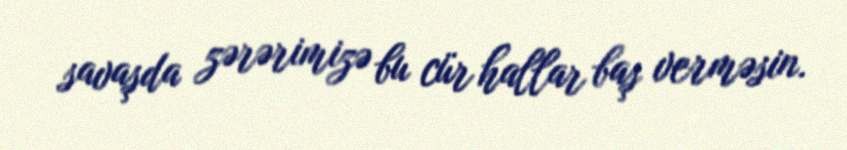
savaşda zərərimizə bu cür hallar baş verməsin.